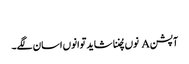
‏
آپشن A نوں چُننا شاید توانوں اسان لگے۔